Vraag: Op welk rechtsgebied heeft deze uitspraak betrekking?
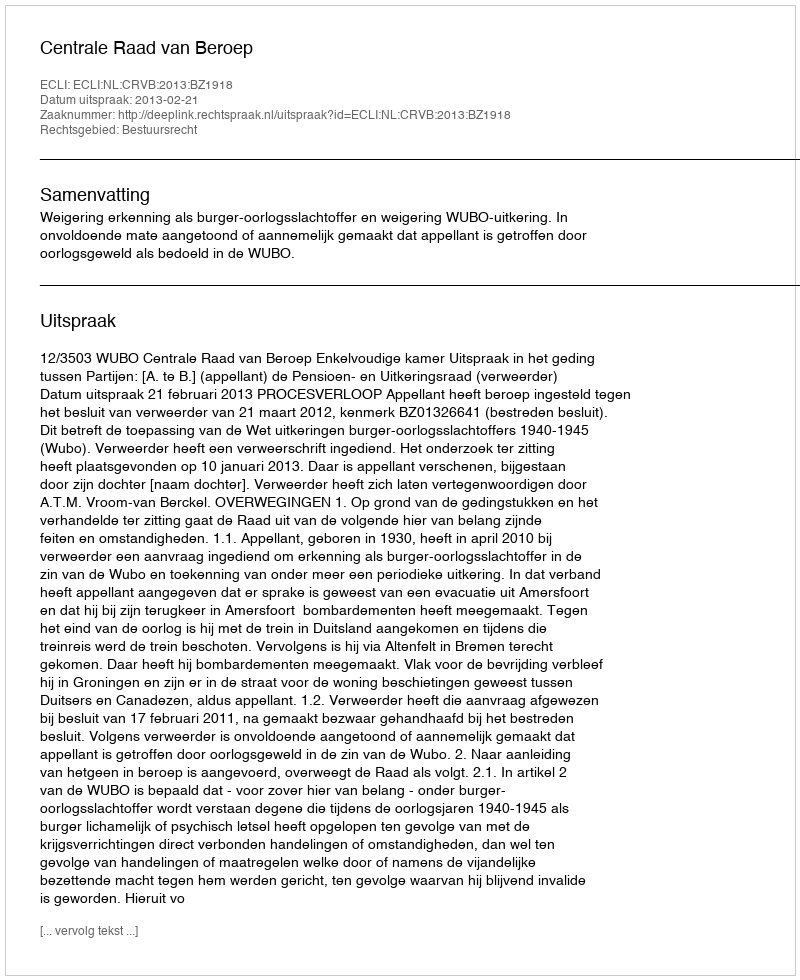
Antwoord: Bestuursrecht